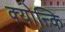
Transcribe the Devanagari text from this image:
क्योन्कि